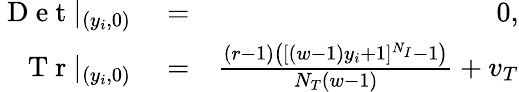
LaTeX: \begin{array}{rlr}{\mathrm{~D~e~t~}|_{(y_{i},0)}}&{{}=}&{0,}\\ {\mathrm{~T~r~}|_{(y_{i},0)}}&{{}=}&{\frac{(r-1)\left([(w-1)y_{i}+1]^{N_{I}}-1\right)}{N_{T}(w-1)}+v_{T}}\end{array}